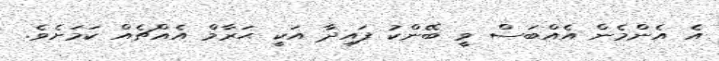
އެ އެންމެން އެއްބަސް ވީ ބޭންކު ފައިދާ އަކީ ޙަރާމް އެއްޗެއް ކަމަށެވެ.